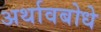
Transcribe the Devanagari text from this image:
अर्थावबोधे